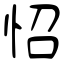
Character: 怊